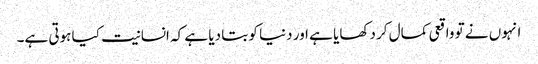
انہوں نے تو واقعی کمال کر دکھایا ہے اور دنیا کو بتا دیا ہے کہ انسانیت کیا ہوتی ہے۔